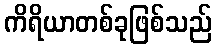
ကိရိယာတစ်ခုဖြစ်သည်